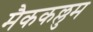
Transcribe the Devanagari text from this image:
मैककल्लुम